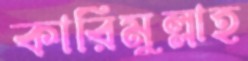
কারিমুল্লাহ